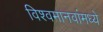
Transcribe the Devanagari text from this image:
विश्वमानवांमध्ये